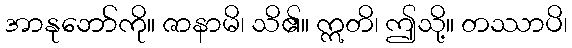
အာနုဘော်ကို။ ဇာနာမိ၊ သိ၏။ ဣတိ၊ ဤသို့။ တဿာပိ၊